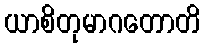
ယာစိတုမာဂတောတိ